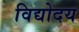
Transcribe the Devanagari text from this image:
विद्योदय